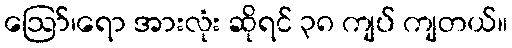
ဪ၊ရော အားလုံး ဆိုရင် ၃၈ ကျပ် ကျတယ်။